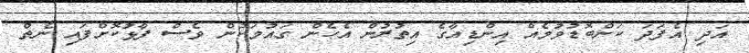
އަދި އެފަދަ ކަންބޮޑުވުމެއް އިންޑިއާގެ އިތުރުން އެހެން ގައުމަކުން ވެސް ފާޅުކޮށްފައި ނެތް